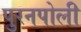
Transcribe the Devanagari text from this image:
पुरनपोली